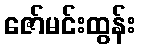
ဇော်မင်းထွန်း